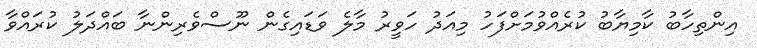
އިންތިހާބު ކާމިޔާބު ކުރެއްވުމަށްފަހު މިއަދު ހަވީރު މާލެ ވަޑައިގެން ނޫސްވެރިންނާ ބައްދަލު ކުރައްވާ